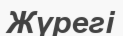
Жүрегі